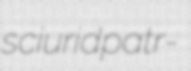
sciurid patr-